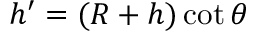
h ^ { \prime } = ( R + h ) \cot \theta